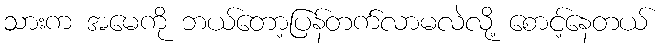
သားက အမေကို ဘယ်တော့ပြန်တက်လာမလဲလို့ စောင့်နေတယ်